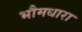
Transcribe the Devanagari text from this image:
भौमधारा